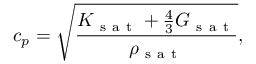
c _ { p } = \sqrt { \frac { K _ { \mathrm { ~ s ~ a ~ t ~ } } + \frac { 4 } { 3 } G _ { \mathrm { ~ s ~ a ~ t ~ } } } { \rho _ { \mathrm { ~ s ~ a ~ t ~ } } } } ,